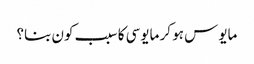
مایوس ہو کر مایوسی کا سبب کون بنا؟